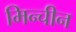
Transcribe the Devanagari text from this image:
मिन्चीन